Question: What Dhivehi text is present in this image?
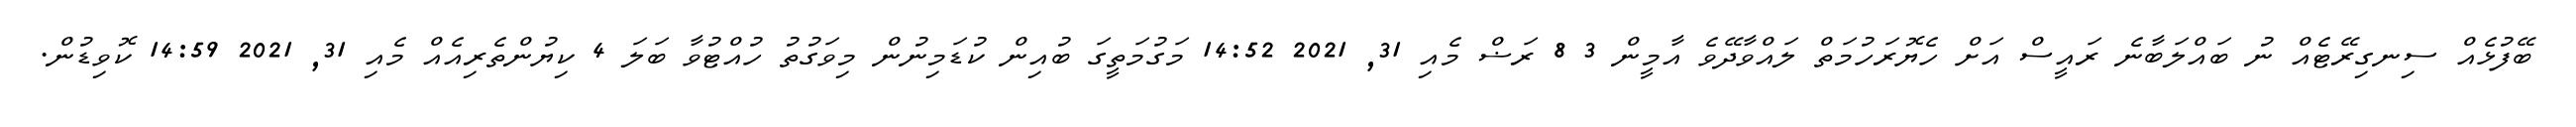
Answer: ބޭފުޅެއް ސިނގިރޭޓެއް ނު ބައްލަބާނެ ރައީސް އަށް ހެޔޮރަހުމަތް ލައްވާދޭވެ އާމީން 3 8 ރަޟް މެއި 31, 2021 14:52 މަގުމަތީގަ ބުއިން ކުޑަމިނުން މިވަގުތު ހުއްޓުވާ ބަލަ 4 ކިޔުންތެރިއެއް މެއި 31, 2021 14:59 ކޮވިޑުން.